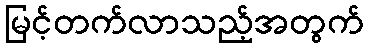
မြင့်တက်လာသည့်အတွက်